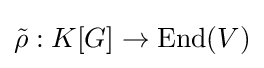
{\tilde {\rho }}:K[G]\rightarrow {\mbox{End}}(V)